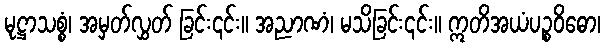
မုဋ္ဌာသစ္စံ၊ အမှတ်လွှတ် ခြင်း၎င်း။ အညာဏံ၊ မသိခြင်း၎င်း။ ဣတိအယံပဉ္စဝိဓော၊